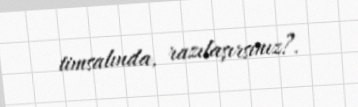
timsalında, razılaşırsınız?.